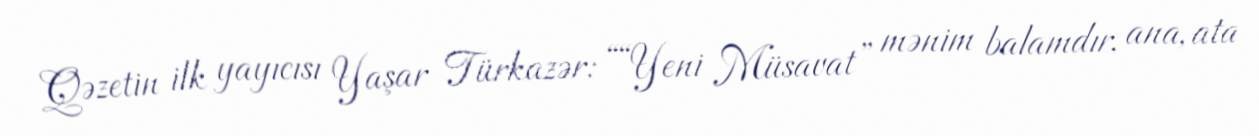
Qəzetin ilk yayıcısı Yaşar Türkazər: ““Yeni Müsavat” mənim balamdır, ana, ata